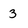
Character: 3